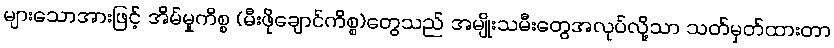
များသောအားဖြင့် အိမ်မှုကိစ္စ (မီးဖိုချောင်ကိစ္စ)တွေသည် အမျိုးသမီးတွေအလုပ်လို့သာ သတ်မှတ်ထားတာ